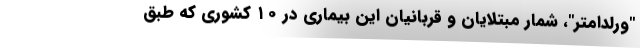
"ورلداُمتر"، شمار مبتلایان و قربانیان این بیماری در ۱۰ کشوری که طبق